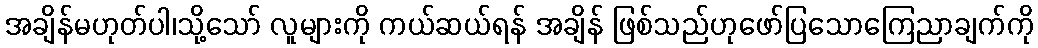
အချိန်မဟုတ်ပါ၊သို့သော် လူများကို ကယ်ဆယ်ရန် အချိန် ဖြစ်သည်ဟုဖော်ပြသောကြေညာချက်ကို